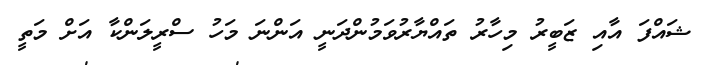
ޝައްފަ އާއި ޒަބީރު މިހާރު ތައްޔާރުވަމުންދަނީ އަންނަ މަހު ސްރީލަންކާ އަށް މަތީ